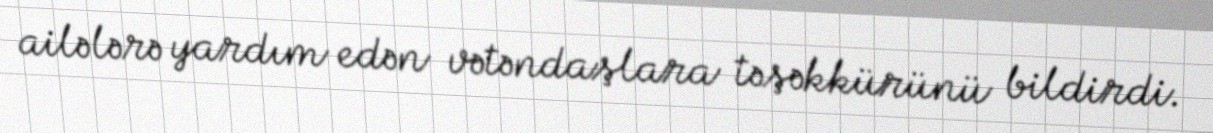
ailələrə yardım edən vətəndaşlara təşəkkürünü bildirdi.